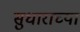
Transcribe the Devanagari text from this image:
सुधाराच्या